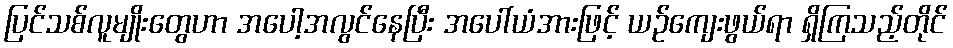
ပြင်သစ်လူမျိုးတွေဟာ အပေါ့အလွင်နေပြီး အပေါ်ယံအားဖြင့် ယဉ်ကျေးဖွယ်ရာ ရှိကြသည့်တိုင်